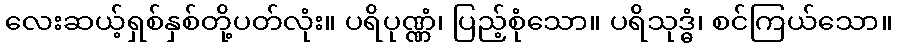
လေးဆယ့်ရှစ်နှစ်တို့ပတ်လုံး။ ပရိပုဏ္ဏံ၊ ပြည့်စုံသော။ ပရိသုဒ္ဓံ၊ စင်ကြယ်သော။